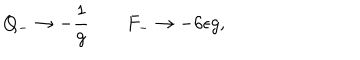
LaTeX: Q _ { - } \rightarrow - { \frac { 1 } { g } } \qquad F _ { - } \rightarrow - 6 \epsilon g ,